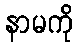
နာမကို